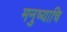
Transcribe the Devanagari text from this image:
मनुष्याचि